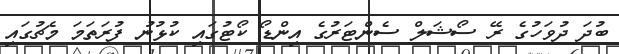
ބުދަ ދުވަހުގެ ރޭ ސޯޝަލް ސެންޓަރުގެ އިންޑޯ ކޯޓުގައި ކުޅުނު ފުރަތަމަ މެޗުގައި